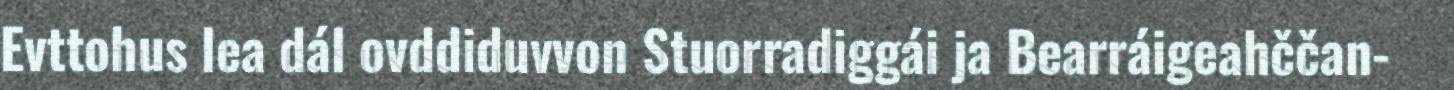
Evttohus lea dál ovddiduvvon Stuorradiggái ja Bearráigeahččan-